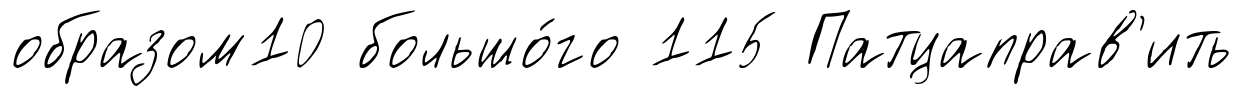
образом10 большо́го 115 Патцаправ'ить